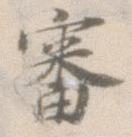
審